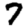
Digit: 7